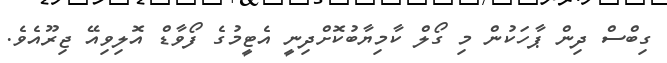
ގިބްސް ދިން ޕާހަކުން މި ގޯލް ކާމިޔާބުކޮށްދިނީ އެޓީމުގެ ފޯވާޑް އޮލިވިއޭ ޖިރޫއެވެ.